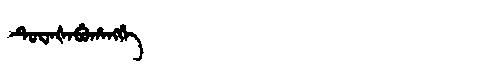
Manchu: ᡨᡠᠸᠠᡧᠠᠪᡠᡥᠠᠩᡤᡝ
Romanization: TUWAŠABUHANGGE